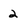
Character: 2